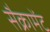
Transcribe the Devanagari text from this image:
सैक्रामेंट